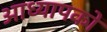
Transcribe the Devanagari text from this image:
आध्यापकों